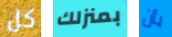
كل بمنزلك بأن